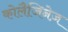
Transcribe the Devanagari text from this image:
कोलैजिनेज़